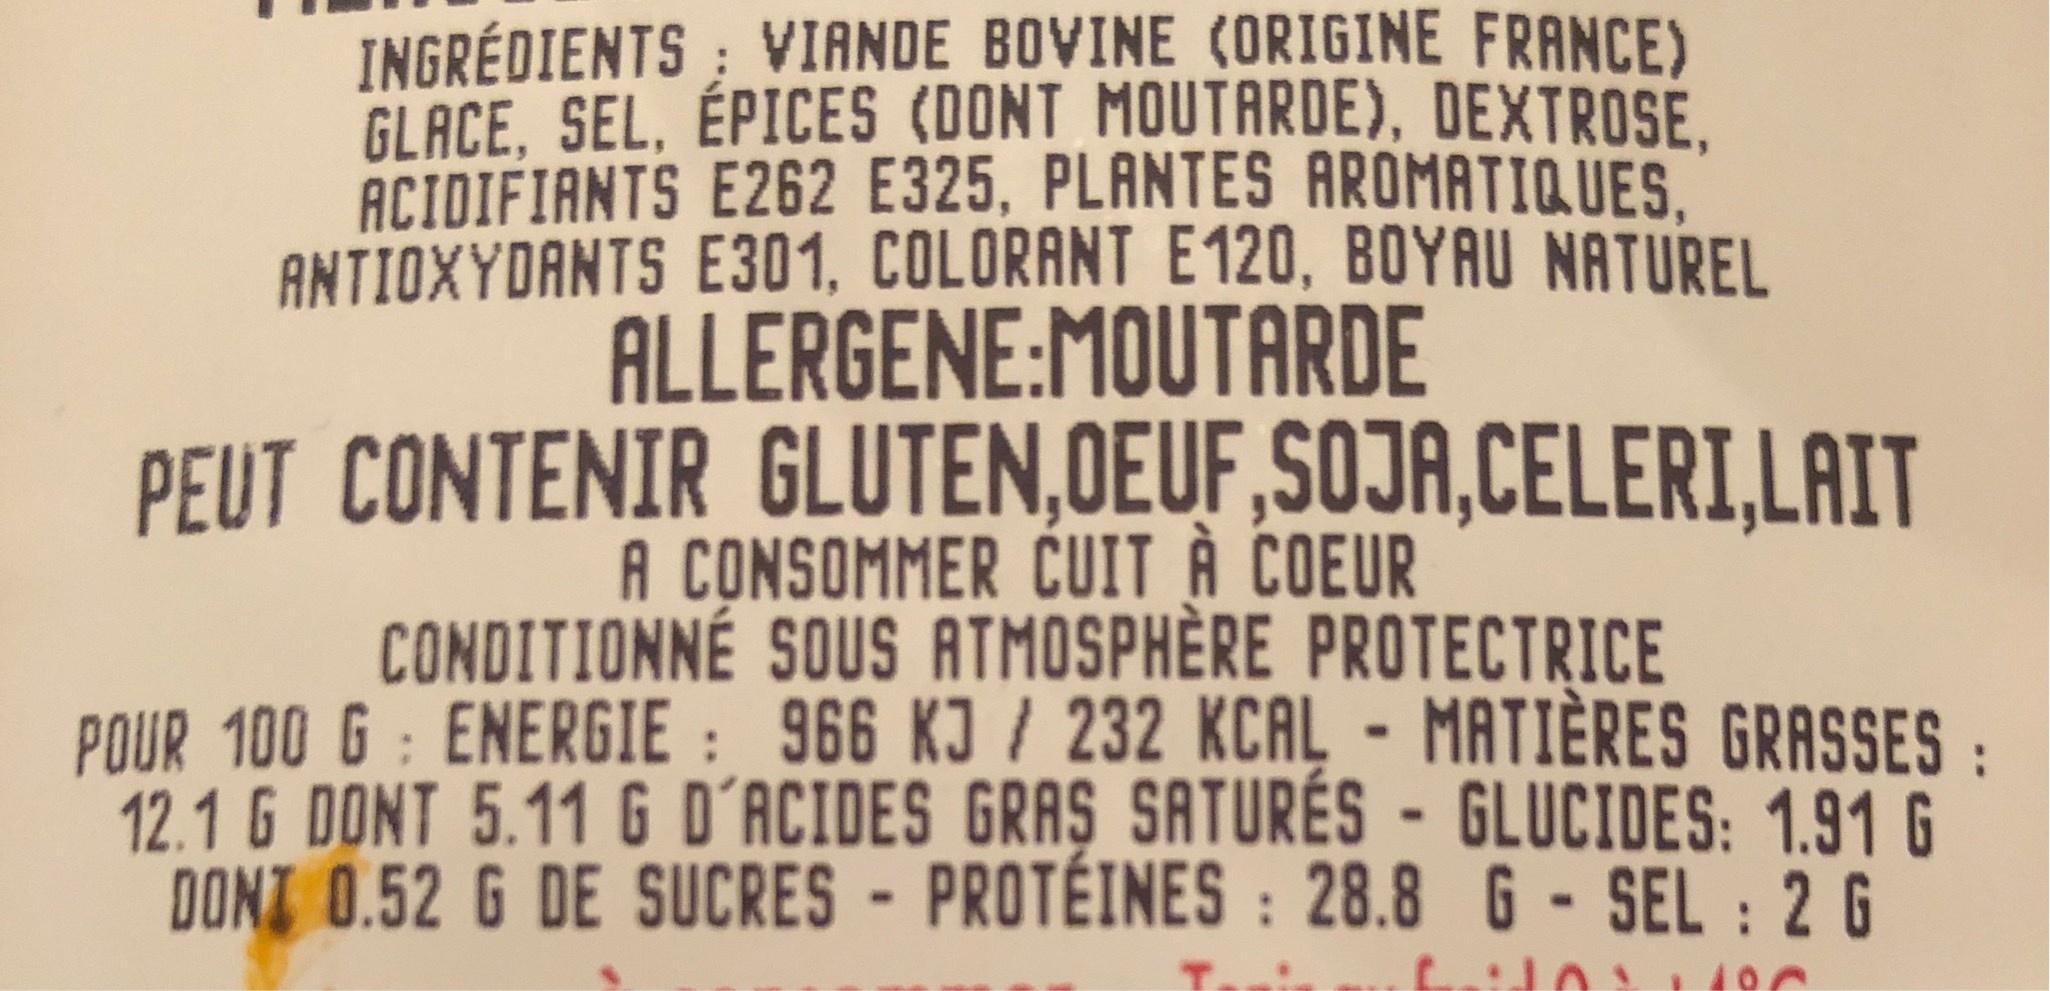
INGRÉDIENTS: VIANDE BOVINE (ORIGINE FRANCE) GLACE, SEL, ÉPICES (DONT MOUTARDE), DEXTROSE, ACIDIFIANTS E262 E325, PLANTES AROMATIQUES. ANTIOXYDANTS E301, COLORANT E120, BOYAU NATUREL ALLERGENE:MOUTARDE PEUT CONTENIR GLUTEN,OEUF,SOJA,CELERI,LAIT A CONSOMMER ČUIT À COEUR CONDITIONNÉ SOUS ATMOSPHÈRE PROTECTRICE POUR 100 G : ENERGIE : 966 KJ / 232 KCAL - MATIÈRES GRASSES: 12.1 G DONT 5.11 G D'ACIDES GRAŞ SATURÉS - GLUCIDES: 1.91 G DONT 0.52 G DE SUCRES - PROTÉINES : 28.8 G - SEL : 2 G